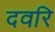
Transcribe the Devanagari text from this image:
दवरि